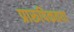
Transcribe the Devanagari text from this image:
प्रारूपिकतया